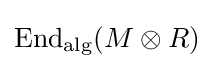
\operatorname {End} _{\text{alg}}(M\otimes R)